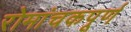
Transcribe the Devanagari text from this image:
रोमांचकपूर्ण